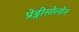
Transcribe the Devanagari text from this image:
प्रेड्नीसोलोन